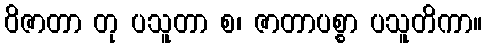
ဝိဇာတာ တု ပသူတာ စ၊ ဇာတာပစ္စာ ပသူတိကာ။